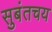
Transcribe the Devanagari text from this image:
सुबंतचय